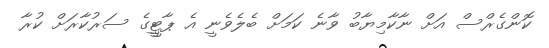
ކޮންގެރްސް އަށް ނާކާމިޔާބު ވާނެ ކަމަށް ބެލެވެނީ އެ ޕާޓީީގެ ސަރުކާރަށް ކުރާ